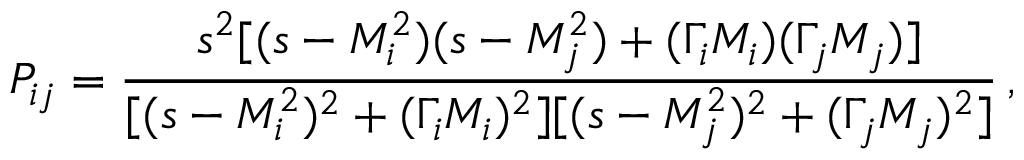
P _ { i j } = { \frac { s ^ { 2 } [ ( s - M _ { i } ^ { 2 } ) ( s - M _ { j } ^ { 2 } ) + ( \Gamma _ { i } M _ { i } ) ( \Gamma _ { j } M _ { j } ) ] } { [ ( s - M _ { i } ^ { 2 } ) ^ { 2 } + ( \Gamma _ { i } M _ { i } ) ^ { 2 } ] [ ( s - M _ { j } ^ { 2 } ) ^ { 2 } + ( \Gamma _ { j } M _ { j } ) ^ { 2 } ] } } \, ,